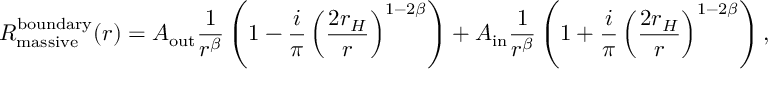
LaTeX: R _ { \mathrm { m a s s i v e } } ^ { \mathrm { b o u n d a r y } } ( r ) = A _ { \mathrm { o u t } } \frac { 1 } { r ^ { \beta } } \left( 1 - \frac { i } { \pi } \left( \frac { 2 r _ { H } } { r } \right) ^ { 1 - 2 \beta } \right) + A _ { \mathrm { i n } } \frac { 1 } { r ^ { \beta } } \left( 1 + \frac { i } { \pi } \left( \frac { 2 r _ { H } } { r } \right) ^ { 1 - 2 \beta } \right) ,